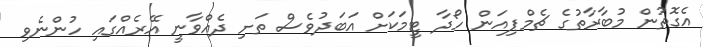
އެގޮތުން މުބާރާތުގެ ޗެމްޕިއަން ހޯދާ ޓީމަކަށް އަބަދުވެސް ތަށި ދެއްވާނީ އޭރެއްގައި ހުންނެވި